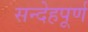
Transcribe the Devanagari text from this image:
सन्देहपूर्ण